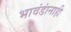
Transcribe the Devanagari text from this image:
भावंडांनाही